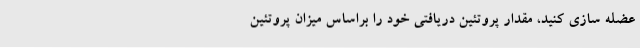
عضله سازی کنید، مقدار پروتئین دریافتی خود را براساس میزان پروتئین